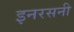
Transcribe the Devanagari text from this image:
इनरसनी